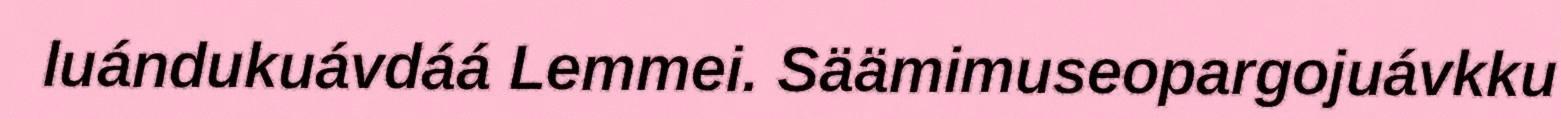
luándukuávdáá Lemmei. Säämimuseopargojuávkku